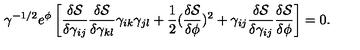
\gamma ^ { - 1 / 2 } e ^ { \phi } \left[ \frac { \delta \mathcal { S } } { \delta \gamma _ { i j } } \frac { \delta \mathcal { S } } { \delta \gamma _ { k l } } \gamma _ { i k } \gamma _ { j l } + \frac { 1 } { 2 } ( \frac { \delta \mathcal { S } } { \delta \phi } ) ^ { 2 } + \gamma _ { i j } \frac { \delta \mathcal { S } } { \delta \gamma _ { i j } } \frac { \delta \mathcal { S } } { \delta \phi } \right] = 0 .